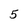
Character: 5